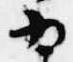
為